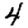
Digit: 4